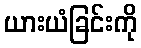
ယားယံခြင်းကို